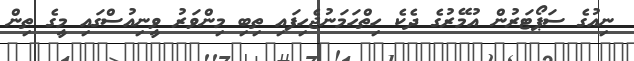
ނިއުގެ ސަޕޯޓަރުން އުމޭރުގެ ދެކެ ހިތްހަމަނުޖެހިފައި ތިބި މިންވަރު ވީނިއުސްގައި މީގެ ތިން